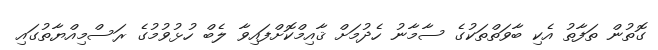
ގޮތުން ތަފާތު އެކި ބާވަތްތަކުގެ ސާމާނު ހެދުމަށް ޤާއިމްކޮށްފައިވާ ލެބް ހުޅުވުމުގެ ރަސްމިއްޔާތުގައި